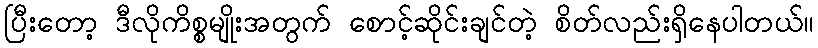
ပြီးတော့ ဒီလိုကိစ္စမျိုးအတွက် စောင့်ဆိုင်းချင်တဲ့ စိတ်လည်းရှိနေပါတယ်။